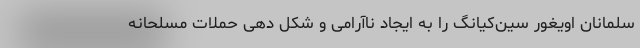
سلمانان اویغور سین‌کیانگ را به ایجاد ناآرامی و شکل دهی حملات مسلحانه